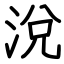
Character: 涗